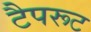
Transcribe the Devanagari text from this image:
टैपरूट